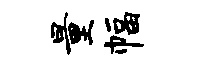
量幅